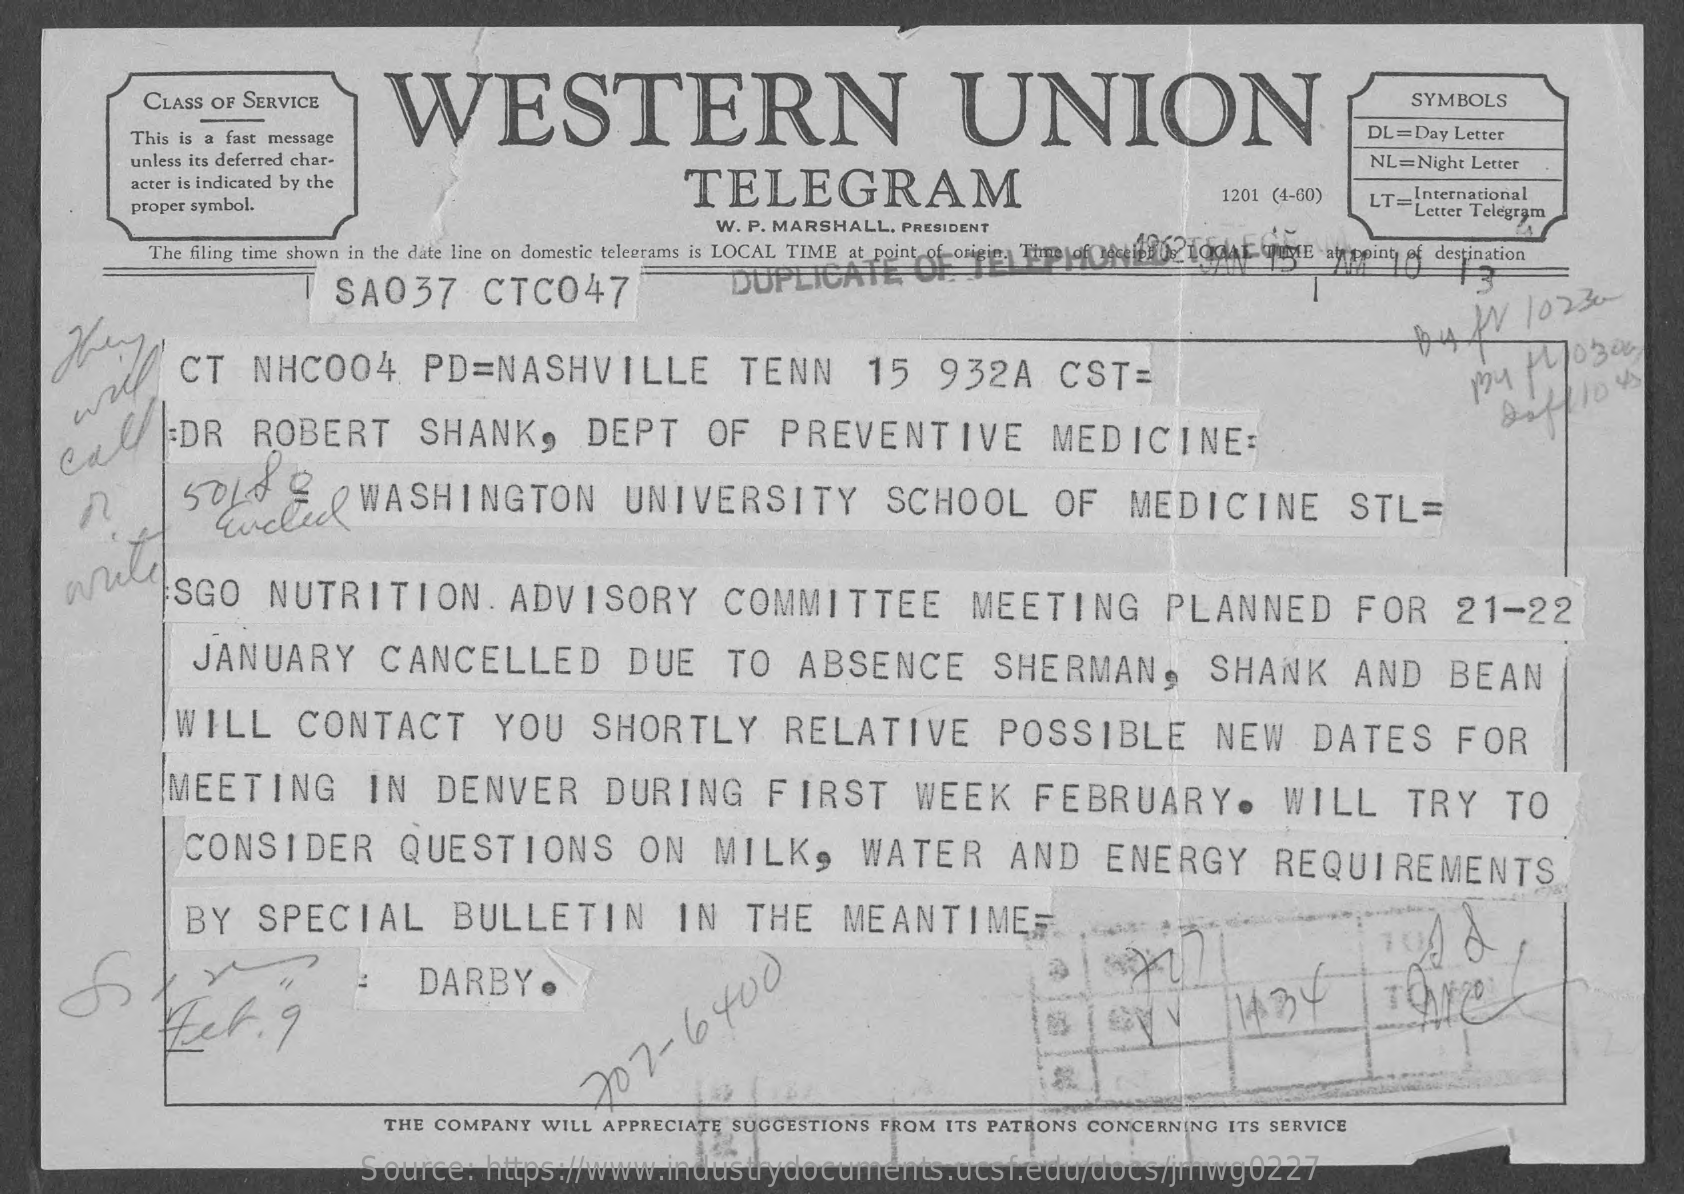
CLASS OF SERVICE    WESTERN    UNION    SYMBOLS
     This is a fast message    DL=Day  Letter
     unless its deferred char-
     TELEGRAM
     NL=Night Letter
     acter is indicated by the
     proper symbol.
     1201 (4-60) LT= International
     W. P. MARSHALL, PRESIDENT
     Letter Telegram
     The filing time shown in the date line on domestic telegrams is LOCAL TIME at point of origin. Thre of edif UZ LOCAL TIME at point of destination
     SA037    CTC047    DUPLICATE    OFOF
     My    CI    NHC004.    PD=NASHVILLE    TENN    15    932A    CST=
     A /V  102  30
     LEDR    ROBERT    SHANK,    DEPT    OF    PREVENTIVE    MEDICINE:
     saff   lots
     50  1 88
     CucCu    WASHINGTON    UNIVERSITY    SCHOOL    OF    MEDICINE    STL=
     SGO    NUTRITION.    ADVISORY    COMMITTEE    MEETING    PLANNED    FOR    21-22
     JANUARY    CANCELLED    DUE    TO    ABSENCE    SHERMAN,    SHANK    AND    BEAN
     WILL    CONTACT    YOU    SHORTLY    RELATIVE    POSSIBLE    NEW    DATES    FOR
     MEETING    IN    DENVER    DURING    FIRST    WEEK    FEBRUARY.    WILL    TRY    TO
     CONSIDER    QUESTIONS    ON    MILK,    WATER    AND    ENERGY    REQUIREMENTS
     BY    SPECIAL    BULLETIN    IN    THE    MEANTIMEF.
     DARBY    ®
     207  -
     6400
     THE COMPANY   WILL APPRECIATE SUGGESTIONS  FROM ITS PATRONS CONCERNING  ITS SERVICE
     Source:   https://www.industrydocuments.ucsf.edu/docs/jmwg0227